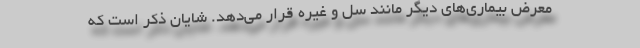
معرض بیماری‌های دیگر مانند سل و غیره قرار می‌دهد. شایان ذکر است که